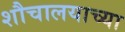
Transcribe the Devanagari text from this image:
शौचालयाच्या